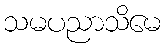
သမပညာသိမေ